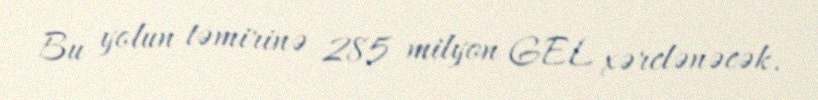
Bu yolun təmirinə 285 milyon GEL xərclənəcək.